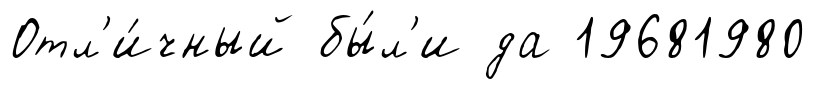
Отл'и́чный бы́л'и да 19681980